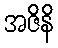
အဇိနိ